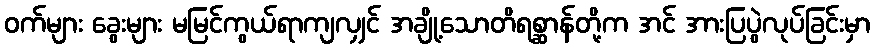
ဝက်များ ခွေးများ မမြင်ကွယ်ရာကျလျှင် အချို့သောတိရစ္ဆာန်တို့က အင် အားပြပွဲလုပ်ခြင်းမှာ